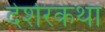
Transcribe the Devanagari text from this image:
देशेरकथा